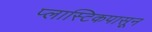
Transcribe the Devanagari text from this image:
प्लास्टिकपासून